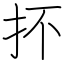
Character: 抔